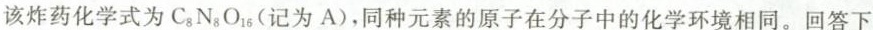
该炸药化学式为C_{ 8 } N_{ 8 } O_{ 16 }(记为A)，同种元素的原子在分子中的化学环境相同。回答下